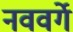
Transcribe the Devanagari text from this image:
नववर्गे